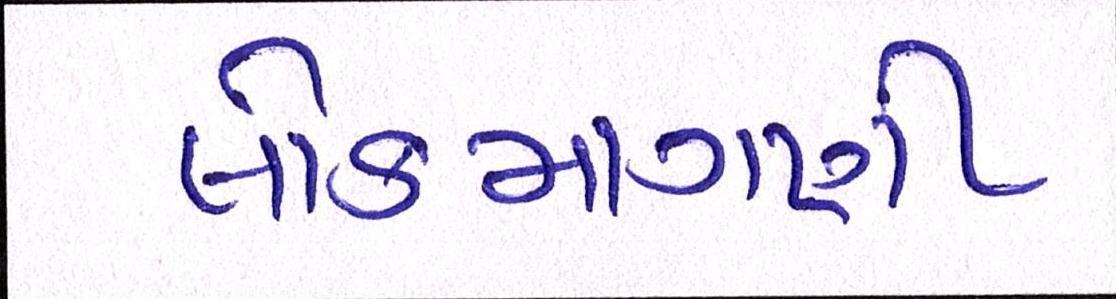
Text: લોકમાગણી